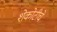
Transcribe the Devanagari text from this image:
शेकोटीचे